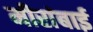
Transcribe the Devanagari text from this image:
मीरांबाई